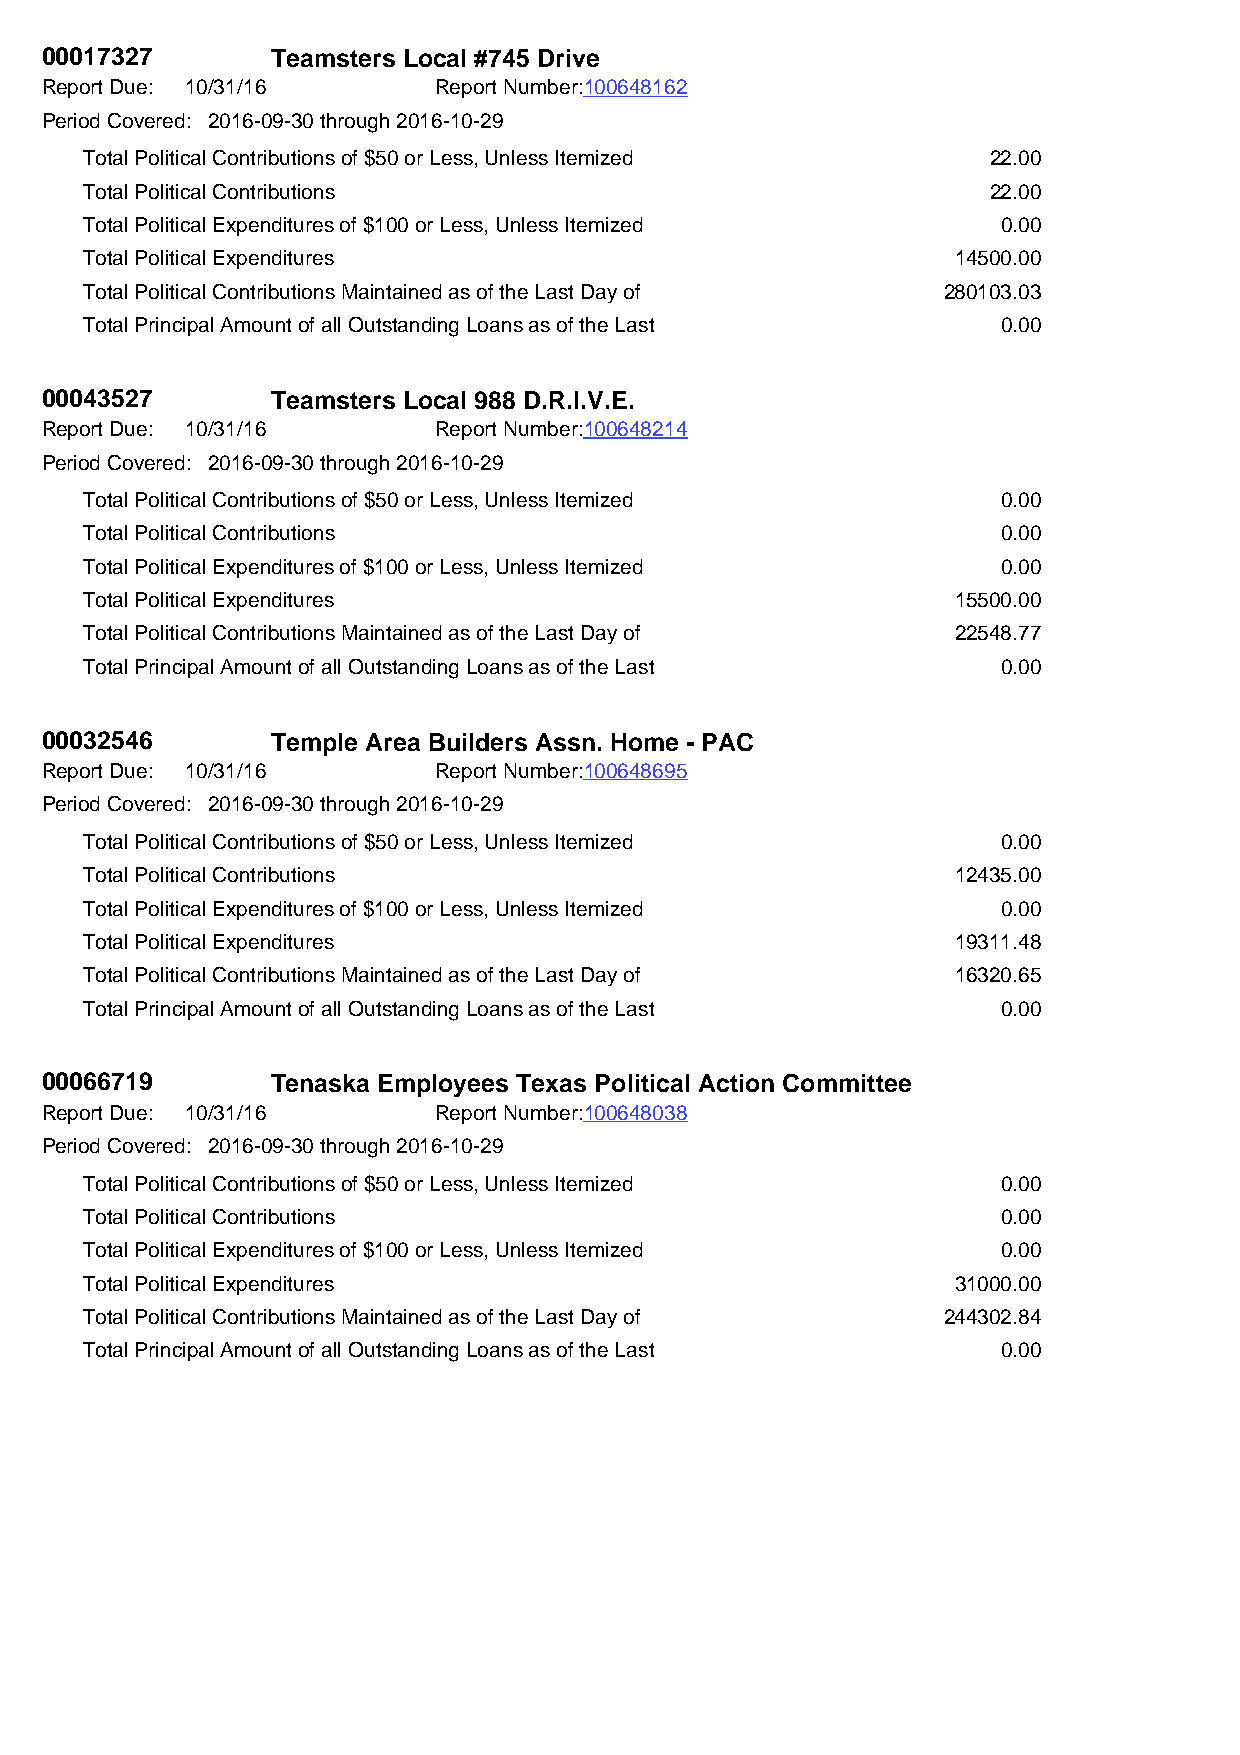
00017327       Teamsters Local #745 Drive
 Report Due: 10/31/16      Report Number:100648162
 Period Covered: 2016-09-30 through 2016-10-29
 Total Political Contributions of $50 or Less, Unless Itemized 22.00
 Total Political Contributions                               22.00
 Total Political Expenditures of $100 or Less, Unless Itemized 0.00
 Total Political Expenditures                             14500.00
 Total Political Contributions Maintained as of the Last Day of 280103.03
 Total Principal Amount of all Outstanding Loans as of the Last 0.00
 00043527       Teamsters Local 988 D.R.I.V.E.
 Report Due: 10/31/16      Report Number:100648214
 Period Covered: 2016-09-30 through 2016-10-29
 Total Political Contributions of $50 or Less, Unless Itemized 0.00
 Total Political Contributions                               0.00
 Total Political Expenditures of $100 or Less, Unless Itemized 0.00
 Total Political Expenditures                             15500.00
 Total Political Contributions Maintained as of the Last Day of 22548.77
 Total Principal Amount of all Outstanding Loans as of the Last 0.00
 00032546       Temple Area Builders Assn. Home - PAC
 Report Due: 10/31/16      Report Number:100648695
 Period Covered: 2016-09-30 through 2016-10-29
 Total Political Contributions of $50 or Less, Unless Itemized 0.00
 Total Political Contributions                            12435.00
 Total Political Expenditures of $100 or Less, Unless Itemized 0.00
 Total Political Expenditures                             19311.48
 Total Political Contributions Maintained as of the Last Day of 16320.65
 Total Principal Amount of all Outstanding Loans as of the Last 0.00
 00066719       Tenaska Employees Texas Political Action Committee
 Report Due: 10/31/16      Report Number:100648038
 Period Covered: 2016-09-30 through 2016-10-29
 Total Political Contributions of $50 or Less, Unless Itemized 0.00
 Total Political Contributions                               0.00
 Total Political Expenditures of $100 or Less, Unless Itemized 0.00
 Total Political Expenditures                             31000.00
 Total Political Contributions Maintained as of the Last Day of 244302.84
 Total Principal Amount of all Outstanding Loans as of the Last 0.00